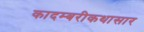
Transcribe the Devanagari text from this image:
कादम्बरीकथासार